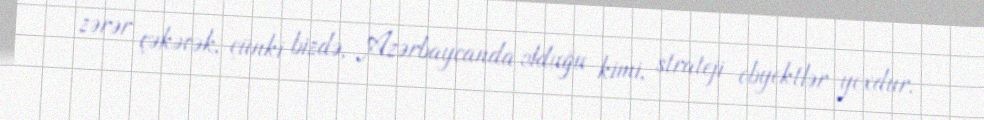
zərər çəkəcək, çünki bizdə, Azərbaycanda olduğu kimi, strateji obyektlər yoxdur.